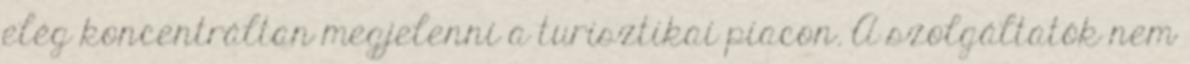
elég koncentráltan megjelenni a turisztikai piacon. A szolgáltatók nem